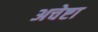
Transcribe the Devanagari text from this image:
अचेष्टा